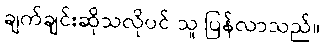
ချက်ချင်းဆိုသလိုပင် သူ ပြန်လာသည်။